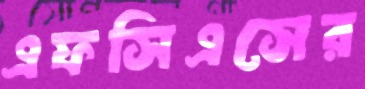
এফসিএসের